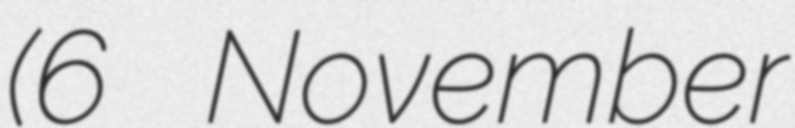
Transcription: (6 November